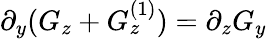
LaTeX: \partial_{y}(G_{z}+G_{z}^{(1)})=\partial_{z}G_{y}